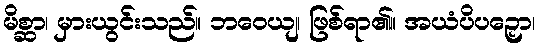
မိစ္ဆာ၊ မှားယွင်းသည်။ ဘဝေယျ၊ ဖြစ်ရာ၏။ အယံပိပဉှော၊